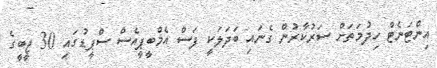
އިންޓަނެޓް ހިދުމަތަށް ސަރުކާރުން ގެނައި ބަދަލަކީ ފަސް އެމްބީޕީއެސް ސްޕީޑުގައި 30 ޖީބީގެ